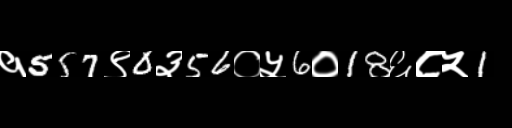
Text: १557९0३56०५6०18६८५1